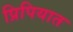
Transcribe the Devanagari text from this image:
प्रिपियात